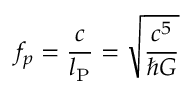
f _ { p } = { \frac { c } { l _ { \mathrm { P } } } } = { \sqrt { \frac { c ^ { 5 } } { \hbar G } } }